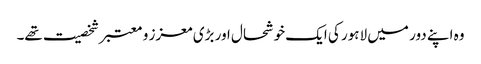
وہ اپنے دور میں لاہور کی ایک خوشحال اور بڑی معزز و معتبر شخصیت تھے۔